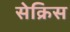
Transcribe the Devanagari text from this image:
सेक्रिस